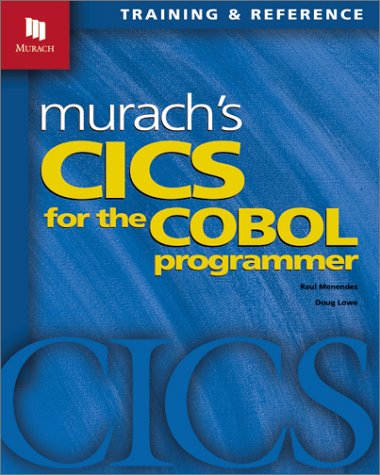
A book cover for Murach's CICS for the COBOL Programmer; Raul Menendez; Computers & Technology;